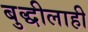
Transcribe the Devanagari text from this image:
बुद्धीलाही